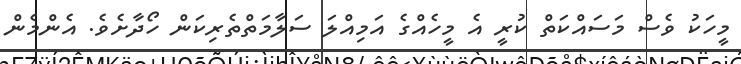
މީހަކު ވެސް މަސައްކަތް ކުރީ އެ މީހެއްގެ އަމިއްލަ ސަލާމަތްތެރިކަން ހޯދާށެވެ. އެންމެން